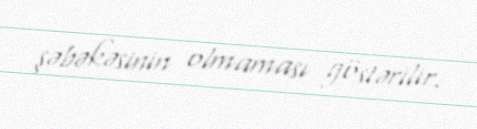
şəbəkəsinin olmaması göstərilir.